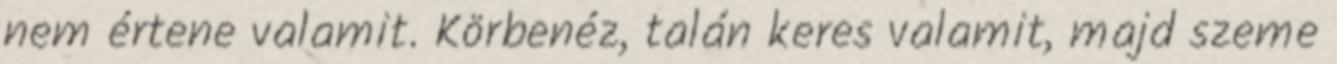
nem értene valamit. Körbenéz, talán keres valamit, majd szeme